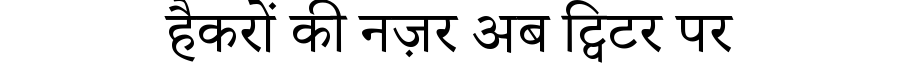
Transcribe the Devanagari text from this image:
हैकरों की नज़र अब ट्विटर पर